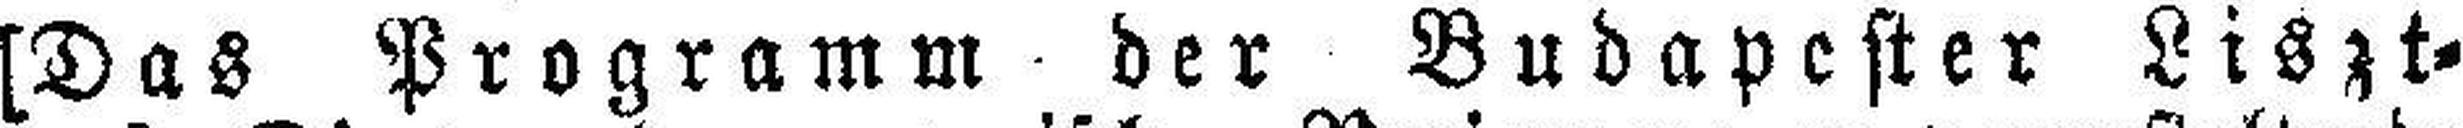
[Das Programm der Budapester Liszt=